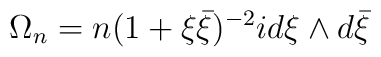
\Omega _n =n(1+ \xi \bar{\xi})^{-2}i d\xi \wedge d\bar{\xi}